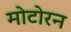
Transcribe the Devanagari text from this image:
मोटोरन